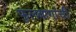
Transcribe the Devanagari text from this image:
फुलबागांची